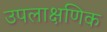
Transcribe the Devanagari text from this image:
उपलाक्षणिक